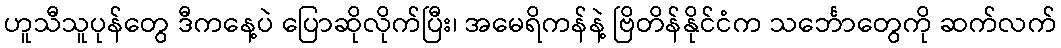
ဟူသီသူပုန်တွေ ဒီကနေ့ပဲ ပြောဆိုလိုက်ပြီး၊ အမေရိကန်နဲ့ ဗြိတိန်နိုင်ငံက သင်္ဘောတွေကို ဆက်လက်